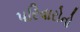
પરિવારોનો